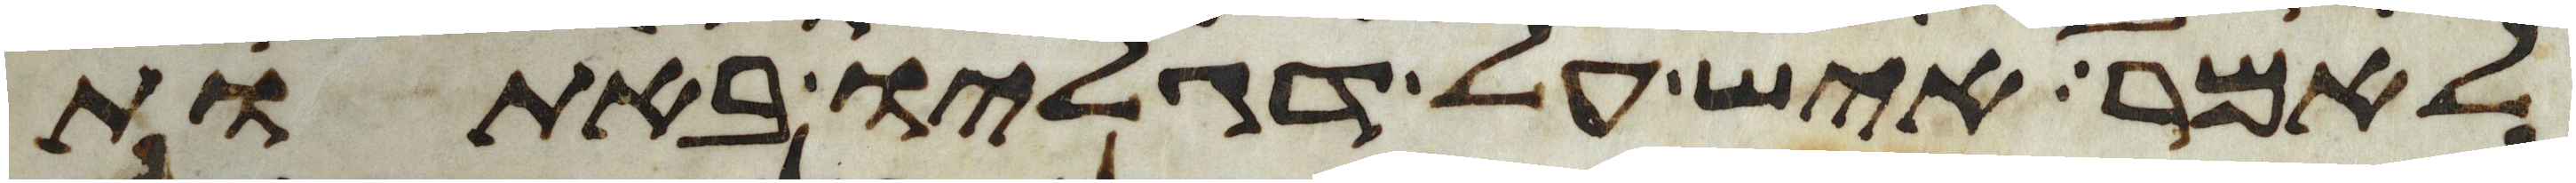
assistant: לאמר איש על דגליו באתות